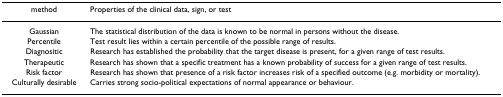
<table><thead><tr><td><b>method</b></td><td><b>Properties of the clinical data, sign, or test</b></td></tr></thead><tbody><tr><td>Gaussian</td><td>The statistical distribution of the data is known to be normal in persons without the disease.</td></tr><tr><td>Percentile</td><td>Test result lies within a certain percentile of the possible range of results.</td></tr><tr><td>Diagnositic</td><td>Research has established the probability that the target disease is present, for a given range of test results.</td></tr><tr><td>Therapeutic</td><td>Research has shown that a specific treatment has a known probability of success for a given range of test results.</td></tr><tr><td>Risk factor</td><td>Research has shown that presence of a risk factor increases risk of a specified outcome (e.g. morbidity or mortality).</td></tr><tr><td>Culturally desirable</td><td>Carries strong socio-political expectations of normal appearance or behaviour.</td></tr></tbody></table>